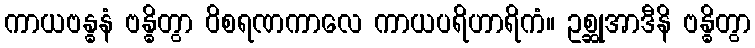
ကာယဗန္ဓနံ ဗန္ဓိတွာ ဝိစရဏကာလေ ကာယပရိဟာရိကံ။ ဥစ္ဆုအာဒီနိ ဗန္ဓိတွာ